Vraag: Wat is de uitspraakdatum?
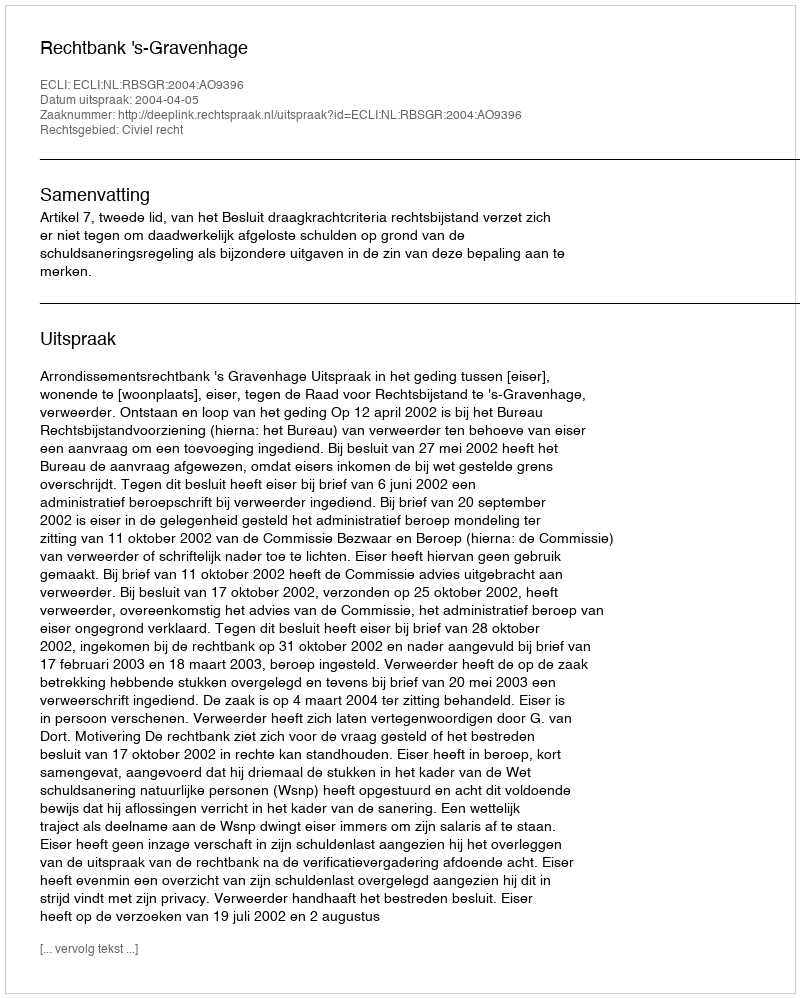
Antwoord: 2004-04-05